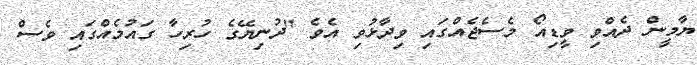
ޔާމީން ދެއްވި ވީޑިއޯ މެސެޖެއްގައި ވިދާޅުވި އެވެ "ދުނިޔޭގެ ހުރިހާ ގައުމެއްގައި ވެސް